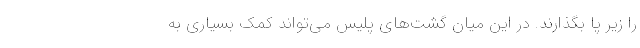
را زیر پا بگذارند. در این میان گشت‌های پلیس می‌تواند کمک بسیاری به